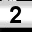
Digit: 2